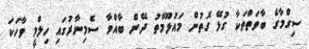
ސިގްމާގެ ބާވަތްތަކާ ގުޅޭ ގޮތުން މައުލޫމާތު ދޭން ބާއްވާ ސެމިނާރުގައި ހިލްމީ ވާހަކަ